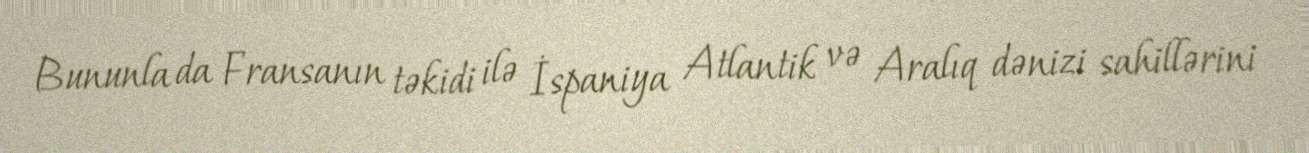
Bununla da Fransanın təkidi ilə İspaniya Atlantik və Aralıq dənizi sahillərini